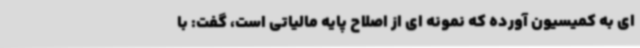
ای به کمیسیون آورده که نمونه ای از اصلاح پایه مالیاتی است، گفت: با